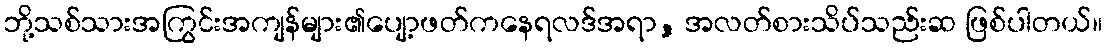
ဘို့သစ်သားအကြွင်းအကျန်များ၏ပျော့ဖတ်ကနေရလဒ်အရာ, အလတ်စားသိပ်သည်းဆ ဖြစ်ပါတယ်။